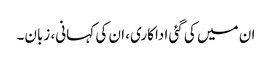
ان میں کی گئی اداکاری، ان کی کہانی، زبان۔